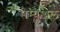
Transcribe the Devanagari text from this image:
सेम्‍युअल